NAE_ERA_R-1950_Eesti_Ajakirjanike_Liit, lk 87
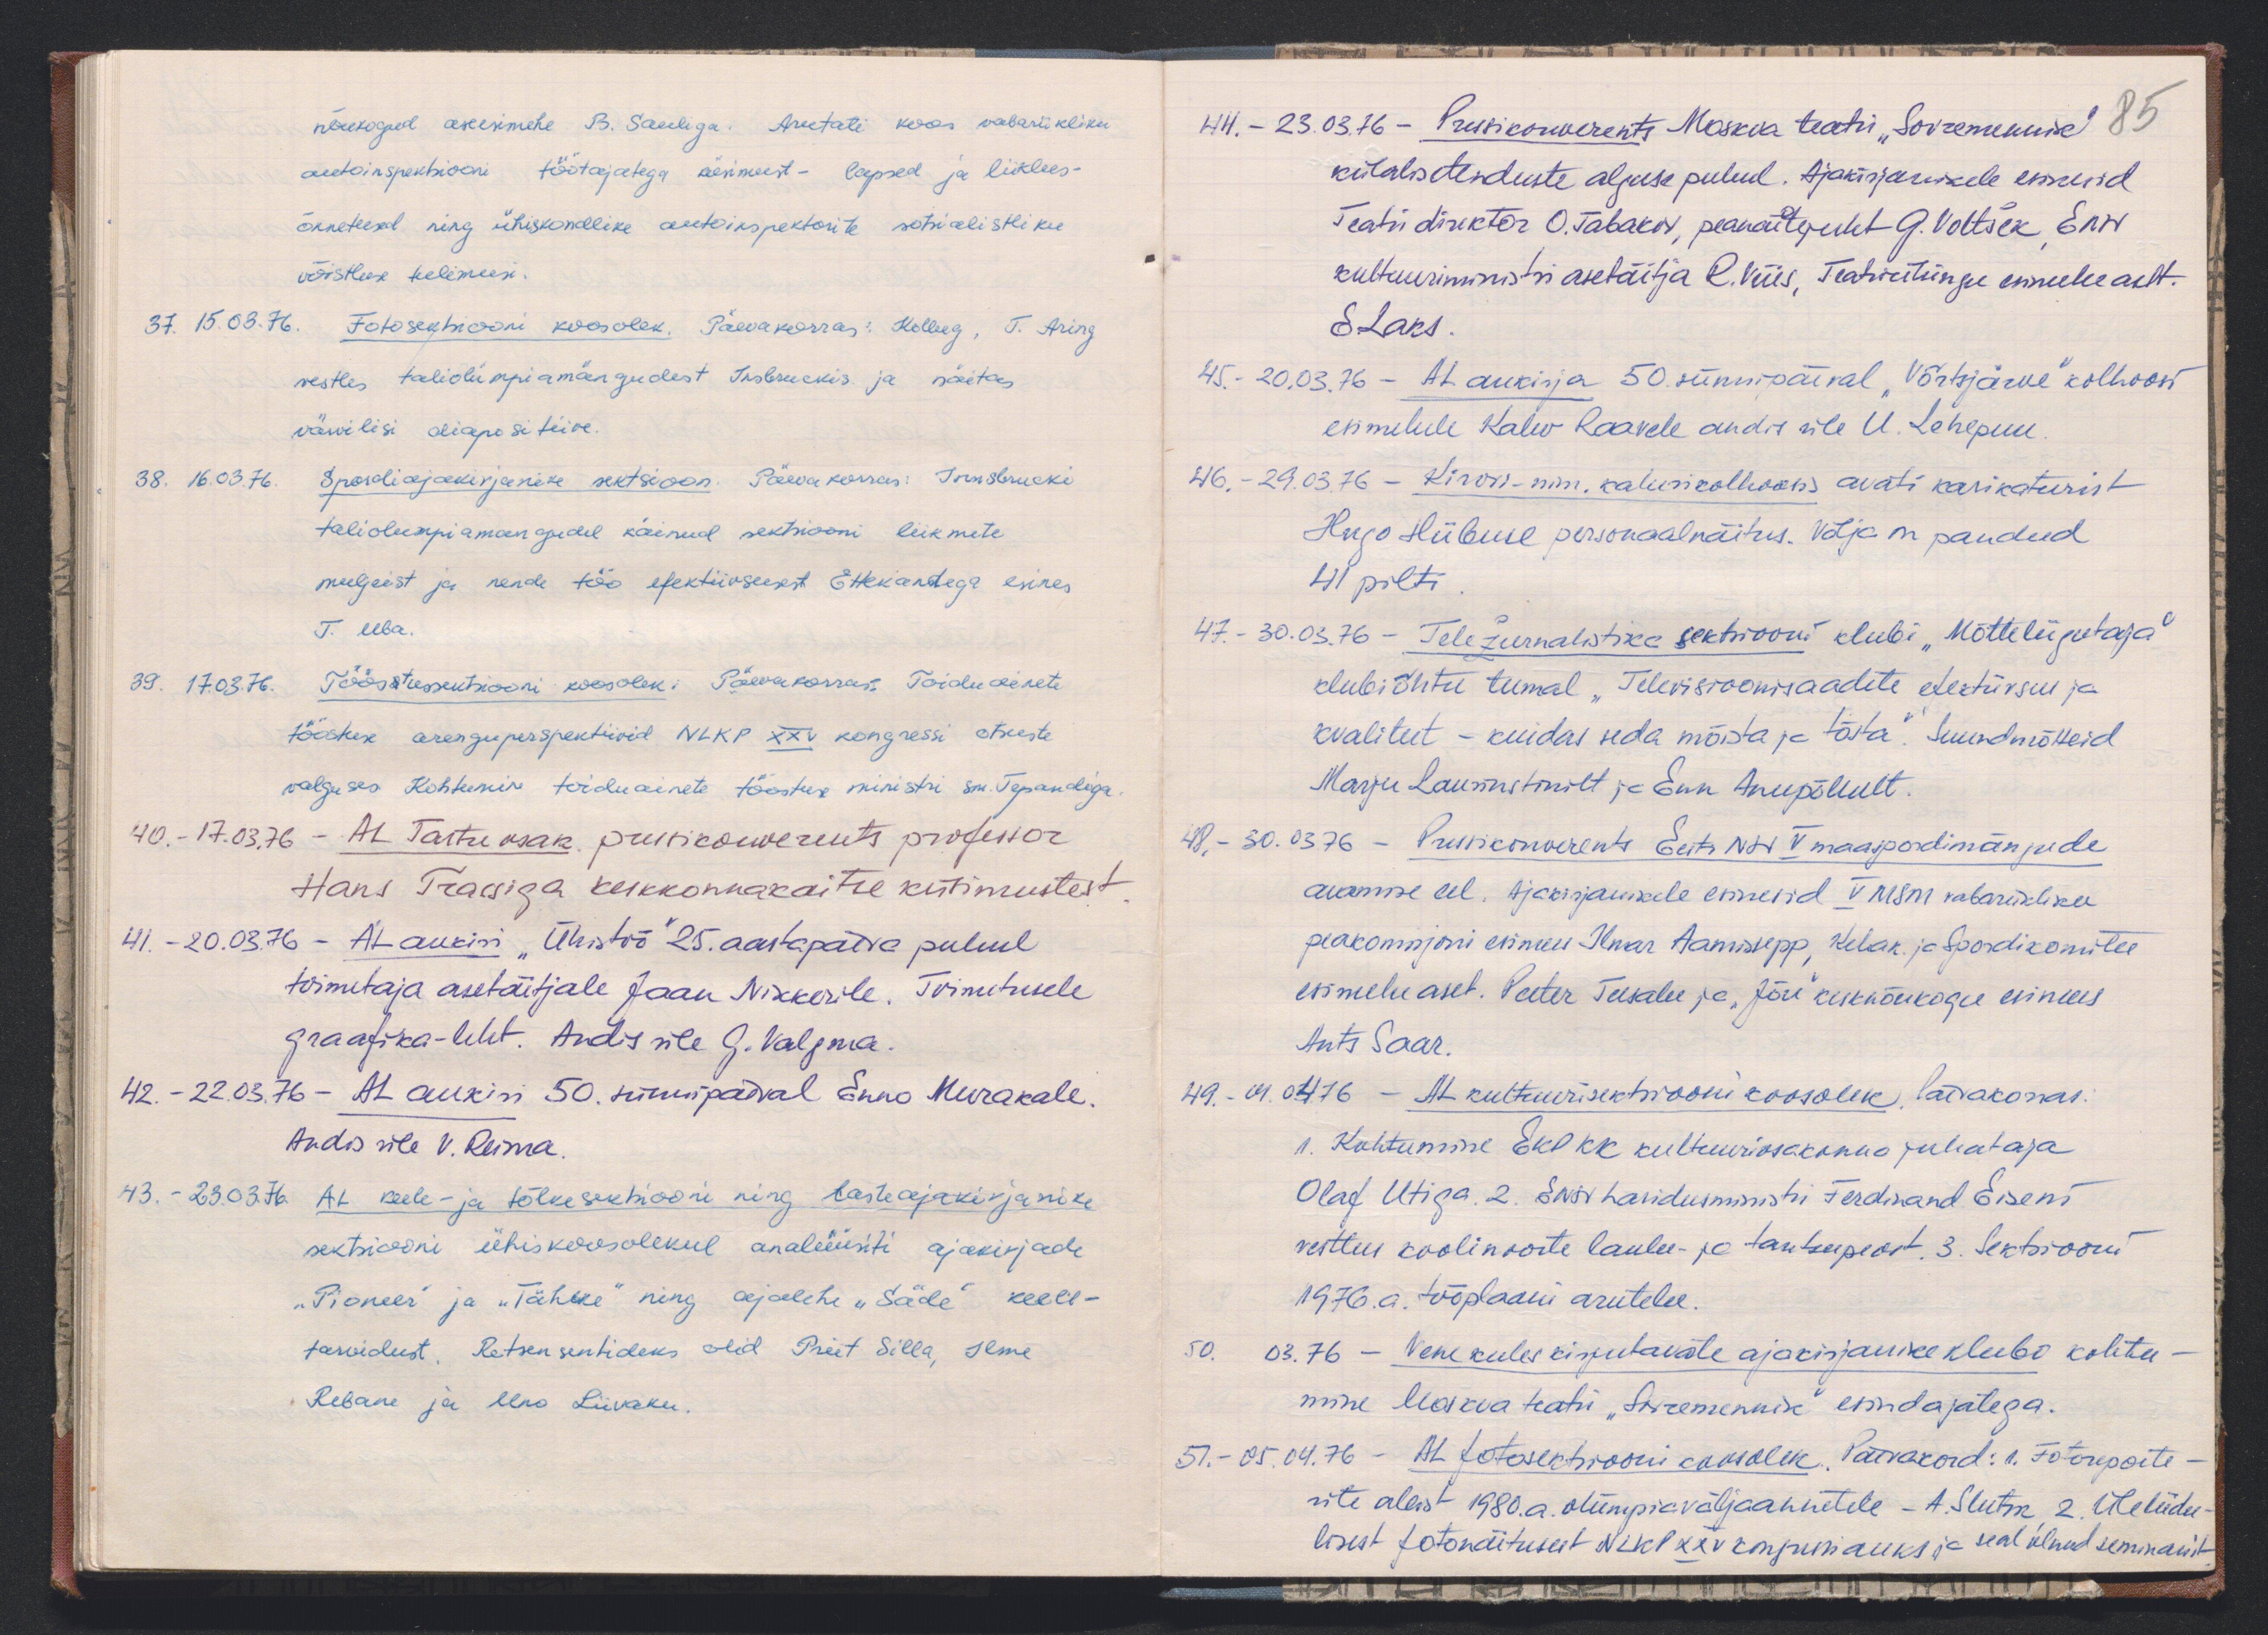
nõukogud akesimehe B. Sauliga. Arutati koos vabariikliku
autoinspektsiooni töötajatega küsimust - lapsed ja liiklus-
õnnetused ning ühiskondlike autoinspektorite sotsialistliku
võistluse tulemusi.
37. 15.03.76. Fotosektsiooni koosolek. Päevakorras: Kolleeg, T. Aring
vestles taliolümpiamängudest Insbruckis ja näitas
värvilisi diapositiive.
38. 16.03.76. Spordiajakirjanike sektsioon. Päevakorras: Innsbrucki
taliolümpiamängudel käinud sektsiooni liikmete
muljeist ja nende töö efektiivsusest Ettekandega esines
T. Uba.
39. 17.03.76. Tööstussektsiooni koosolek: Päevakorras. Toiduainete
tööstuse arenguperspektiivid NLKP XXV kongressi otsuste
valguses. Kohtumine toiduainete tööstuse ministri sm. Tepandiga
40. - 17.03.76 - AL Tartu osak. pressikonverents professor
Hans Trassiga keskkonnakaitse küsimustest.
41. - 20.03.76 - AL aukiri "Ühistöö" 25. aastapäeva puhul
toimetaja asetäitjale Jaan Nikkerile. Toimetusele
graafika-leht. Andis üle G. Valgma.
42. - 22.03.76 - AL aukiri 50. sünnipäeval Enno Murakale.
Andis üle V. Reima.
43. - 23.03.76. AL keele- ja tõlkesektsiooni ning lasteajakirjanike
sektsiooni ühiskoosolekul analüüsiti ajakirjade
"Pioneer" ja "Täheke" ning ajalehe "Säde" keele-
tarvidust. Retsensentideks olid Priit Silla, Ilme
Rebane ja Uno Liivaku

44. - 23.03.76 - Pressikonverents Moskva teatri "Sovremennik"
85
külalisetenduste alguse puhul. Ajakirjanikele esinesid
Teatri direktor O. Tabakov, peanäitejuht G. Voltšek, ENSV
kultuurimistri asetäitja R.Viies, Teatriühingu esimehe aset.
E. Laks.
45. - 20.03.76 - AL aukirja 50. sünnipäeval "Võrtsjärve" kolhoosi
esimehele Kalev Raavele andis üle U. Lehepuu
46. - 29.03.76 - Kirovi-nim. kalurikolhoosis avati karikaturist
Hugo Hiibuse personalnäitus. Välja on pandud
41 pilti
47. - 30.03.76 - Teležurnalistika sektsiooni klubi "Mõtteliigutaja"
klubiõhtu teemal "Televisioonisaadete efektiivsus ja
kvaliteet - kuidas seda mõista ja tõsta." Suundmõtteid
Marju Laurustinilt ja Enn Anupõllult.
48. - 30.03.76 - Pressikonverents Eesti NSV V  maaspordimängude
avamise eel. Ajakirjanikele esinesid V MSM vabariikliku
peakomisjoni esimees Ilmar Aamissepp, Kelak ja Spordikomitee
esimehe aset. Peeter Teesalu ja "Jõu" kesknõukogu esimees
Ants Saar.
49. 04.04.76 - AL kultuurisektsiooni koosolek. Päevakorras.
1. Kohtumine EKP KK kultuuriosakonna juhataja
Olaf Utiga. 2. ENSV haridusministri Ferdinand Eiseni
vestlus koolinoorte laulu- ja tantsupeost. 3. Sektsiooni
1976. a. tööplaani arutelu.
50. 03.76. Vene keeles kirjutavate ajakirjanike klubi kohtu-
mine Moskva teatri "Sovremennik" esindajatega.
57. - 05.04.76 - AL fotosektsiooni koosolek. Päevakord: 1. Fotoreporte-
rite alast 1980. a. olümpiaväljaannetele - A. Slutsk, 2. Üleliidu
lisest fotonäitusest NLKP XXV kongressi auks ja seal olnud seminarist